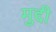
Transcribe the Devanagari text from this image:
मुद्दी